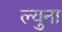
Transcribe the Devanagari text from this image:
ल्युना